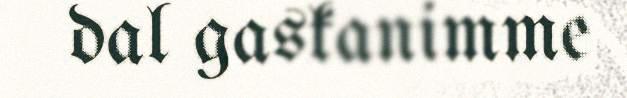
dal gaskanimme